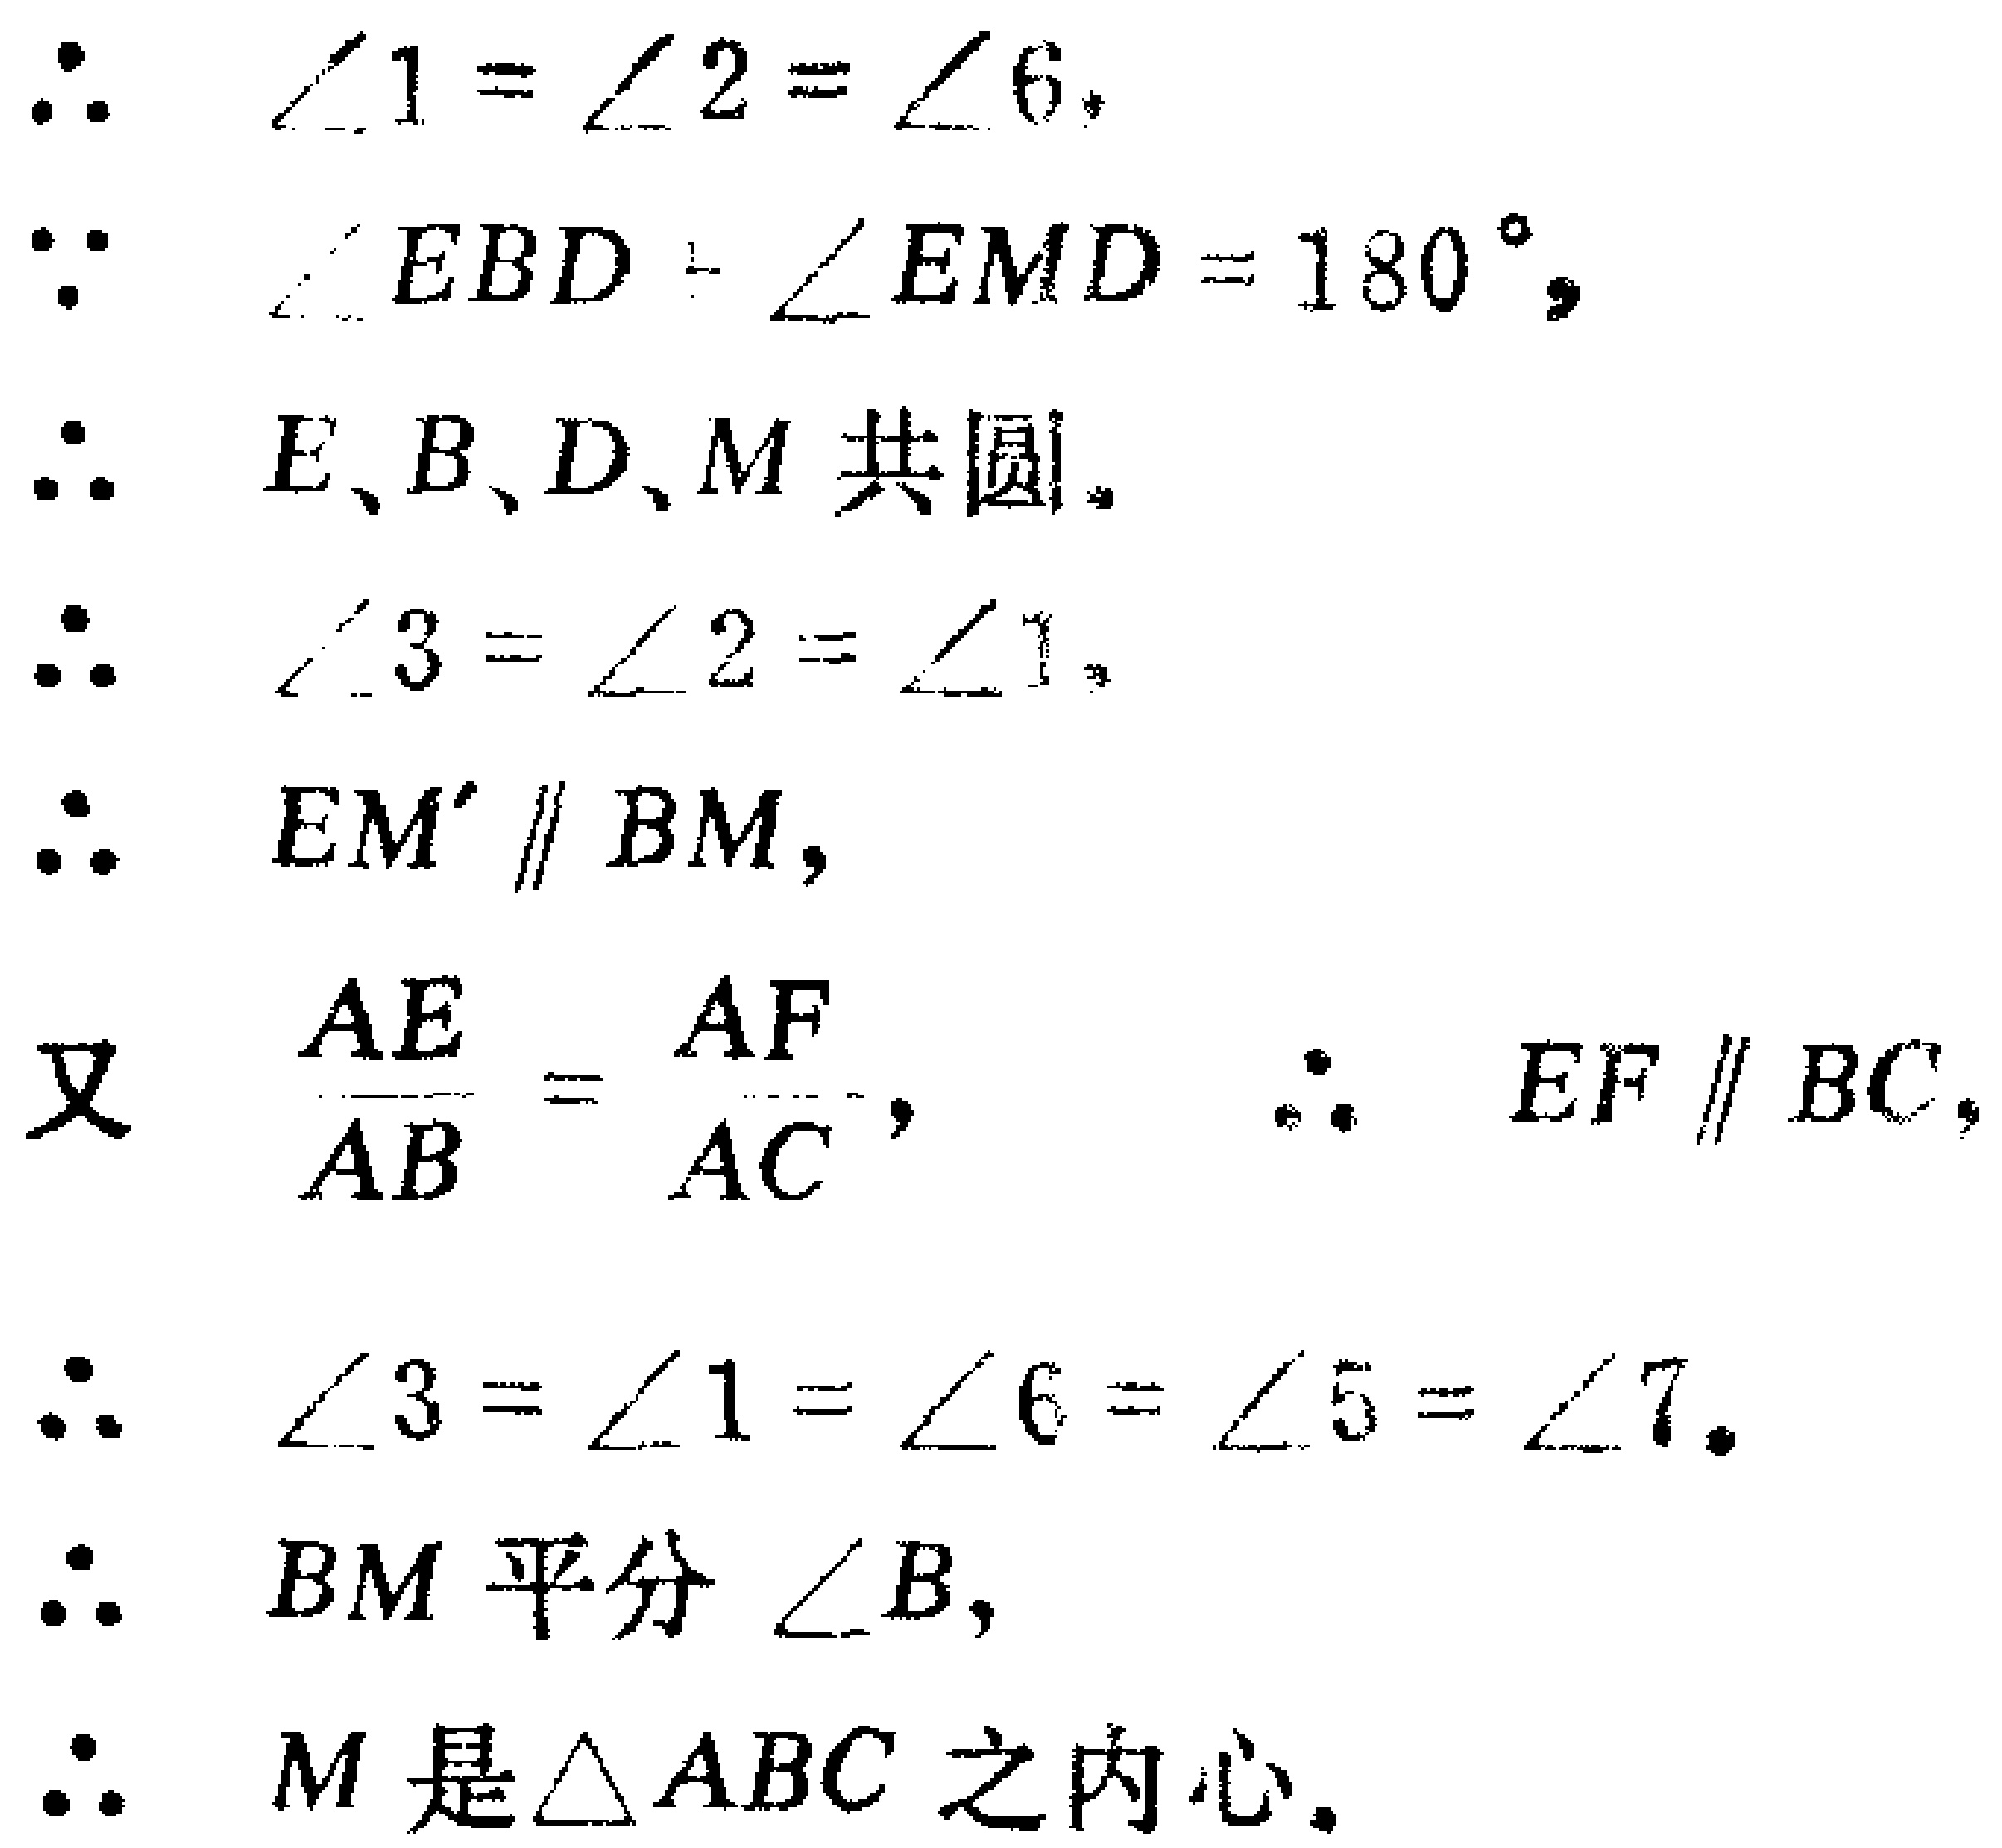
\begin{align*}
&\therefore\quad \angle1 = \angle2 = \angle6,\\
&\because\quad \angle EBD+\angle EMD = 180^{\circ},\\
&\therefore\quad E、B、D、M\text{ 共圆}.\\
&\therefore\quad \angle3 = \angle2 = \angle1,\\
&\therefore\quad EM'\parallel BM,\\
&\text{又}\quad \frac{AE}{AB}=\frac{AF}{AC},\quad\therefore\quad EF\parallel BC,\\
&\therefore\quad \angle3 = \angle1 = \angle6 = \angle5 = \angle7.\\
&\therefore\quad BM\text{ 平分 }\angle B,\\
&\therefore\quad M\text{ 是}\triangle ABC\text{ 之内心}.
\end{align*}